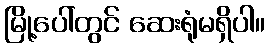
မြို့ပေါ်တွင် ဆေးရုံမရှိပါ။